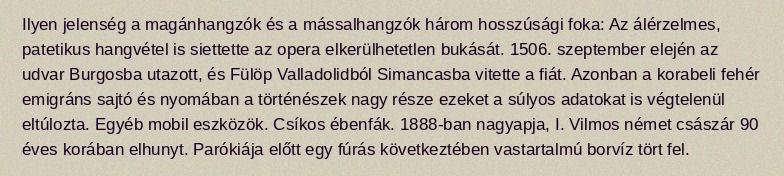
Ilyen jelenség a magánhangzók és a mássalhangzók három hosszúsági foka: Az álérzelmes, patetikus hangvétel is siettette az opera elkerülhetetlen bukását. 1506. szeptember elején az udvar Burgosba utazott, és Fülöp Valladolidból Simancasba vitette a fiát. Azonban a korabeli fehér emigráns sajtó és nyomában a történészek nagy része ezeket a súlyos adatokat is végtelenül eltúlozta. Egyéb mobil eszközök. Csíkos ébenfák. 1888-ban nagyapja, I. Vilmos német császár 90 éves korában elhunyt. Parókiája előtt egy fúrás következtében vastartalmú borvíz tört fel.